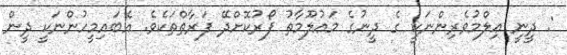
: ދީނީ ޢިލްމުވެރިންނަކީ ގެ ދީނުގެ މަޢުލޫމާތު ފޯރުކޮށްދޭ ފަރާތްތަކެވެ. އެބައިމީހުންނަކީ ދީން